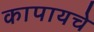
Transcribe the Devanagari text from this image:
कापायचे